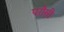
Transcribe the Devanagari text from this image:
परौसी